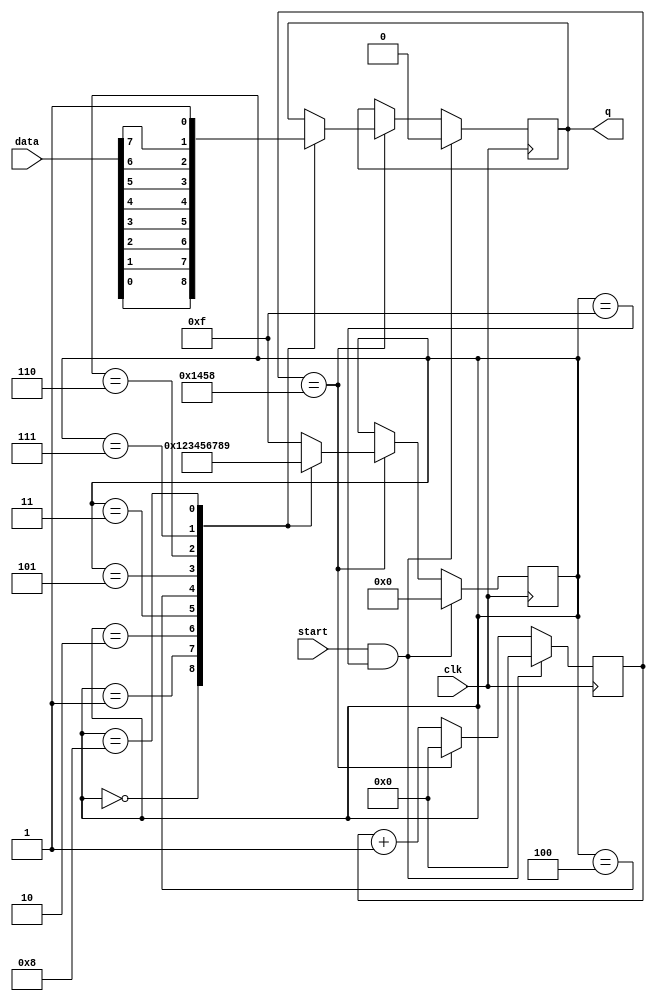
module uart_tx (
    input clk,
    input start,
    input [7:0]data,
    output reg q = 1'b1
);

reg [12:0]cnt = 13'b0;
reg [3:0]bit_num = 4'b1111;
wire bit_start = (cnt == 5208);
wire idle = (bit_num == 4'hF);

always @(posedge clk) begin
    if (start && idle)
        cnt <= 13'b0;
    else if (bit_start)
        cnt <= 13'b0;
    else
        cnt <= cnt + 13'b1;
end

always @(posedge clk) begin
    if (start && idle) begin
        bit_num <= 4'h0;
        q <= 1'b0; // Start
    end
    else if (bit_start) begin
        case (bit_num)
        4'h0: begin bit_num <= 4'h1; q <= data[0]; end
        4'h1: begin bit_num <= 4'h2; q <= data[1]; end
        4'h2: begin bit_num <= 4'h3; q <= data[2]; end
        4'h3: begin bit_num <= 4'h4; q <= data[3]; end
        4'h4: begin bit_num <= 4'h5; q <= data[4]; end
        4'h5: begin bit_num <= 4'h6; q <= data[5]; end
        4'h6: begin bit_num <= 4'h7; q <= data[6]; end
        4'h7: begin bit_num <= 4'h8; q <= data[7]; end
        4'h8: begin bit_num <= 4'h9; q <= 1'b1; end // Stop
        default: begin bit_num <= 4'hF; end
        endcase
    end
end

endmodule